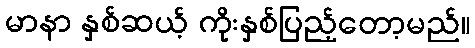
မာနာ နှစ်ဆယ့် ကိုးနှစ်ပြည့်တော့မည်။